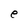
Character: e